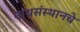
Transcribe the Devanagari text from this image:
नाथसंस्थानचे